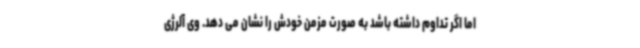
اما اگر تداوم داشته باشد به صورت مزمن خودش را نشان می دهد. وی آلرژی